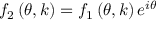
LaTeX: f _ { 2 } \left( \theta , k \right) = f _ { 1 } \left( \theta , k \right) e ^ { i \theta }